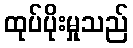
ထုပ်ပိုးမှုသည်